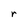
Character: r